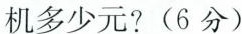
机多少元?(6分)